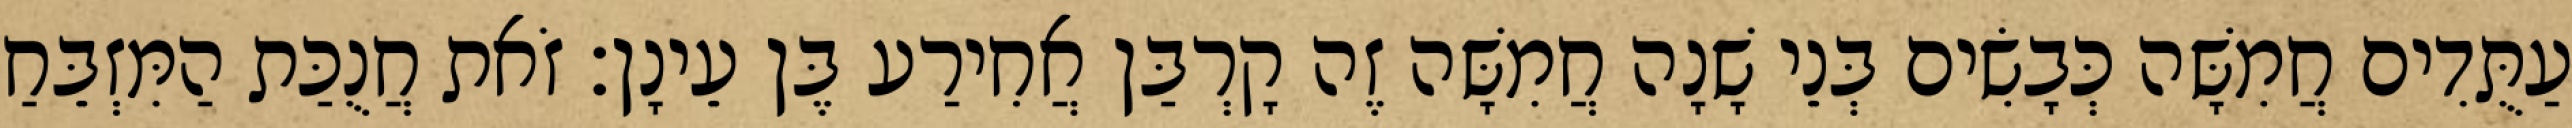
עַתֻּדִים חֲמִשָּׁה כְּבָשִׂים בְּנֵי שָׁנָה חֲמִשָּׁה זֶה קָרְבַּן אֲחִירַע בֶּן עֵינָן׃ זֹאת חֲנֻכַּת הַמִּזְבֵּחַ